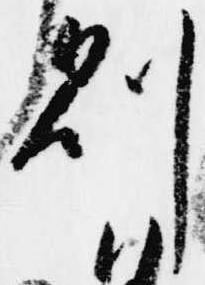
則